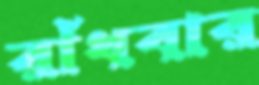
রাঁধবার